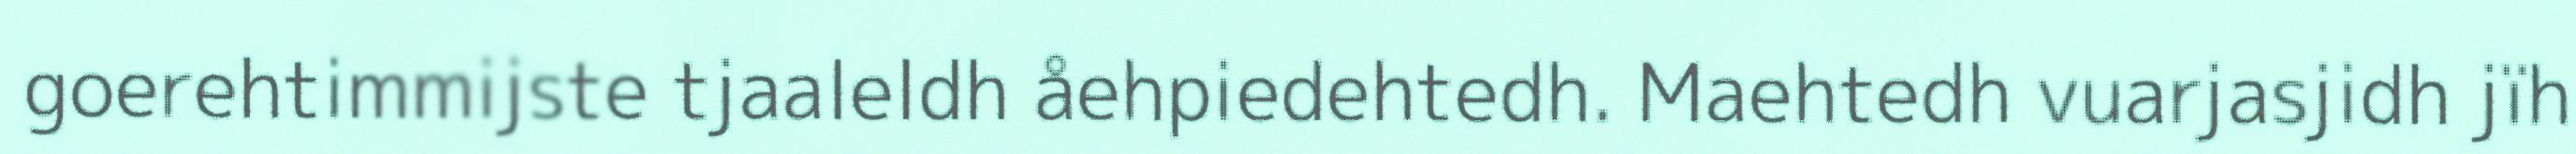
goerehtimmijste tjaaleldh åehpiedehtedh. Maehtedh vuarjasjidh jïh